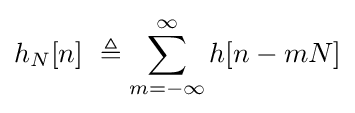
h_{N}[n]\ \triangleq \sum _{m=-\infty }^{\infty }h[n-mN]